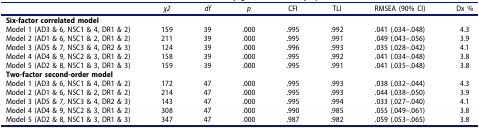
|  | χ2 | df | p | CFI | TLI | RMSEA (90% CI) | Dx % |
 | --- | --- | --- | --- | --- | --- | --- | --- |
 | Six-factor correlated model |  |  |  |  |  |  |  |
 | Model 1 (AD3 & 6, NSC1 & 4, DR1 & 2) | 159 | 39 | .000 | .995 | .992 | .041 (.034–.048) | 4.3 |
 | Model 2 (AD1 & 6, NSC1 & 2, DR1 & 2) | 211 | 39 | .000 | .995 | .991 | .049 (.043–.056) | 3.9 |
 | Model 3 (AD5 & 7, NSC3 & 4, DR2 & 3) | 124 | 39 | .000 | .996 | .993 | .035 (.028–.042) | 4.1 |
 | Model 4 (AD4 & 9, NSC2 & 3, DR1 & 2) | 158 | 39 | .000 | .995 | .992 | .041 (.034–.048) | 3.8 |
 | Model 5 (AD2 & 8, NSC1 & 3, DR1 & 3) | 159 | 39 | .000 | .995 | .991 | .041 (.035–.048) | 3.8 |
 | Two-factor second-order model |  |  |  |  |  |  |  |
 | Model 1 (AD3 & 6, NSC1 & 4, DR1 & 2) | 172 | 47 | .000 | .995 | .993 | .038 (.032–.044) | 4.3 |
 | Model 2 (AD1 & 6, NSC1 & 2, DR1 & 2) | 214 | 47 | .000 | .995 | .993 | .044 (.038–.050) | 3.9 |
 | Model 3 (AD5 & 7, NSC3 & 4, DR2 & 3) | 143 | 47 | .000 | .995 | .994 | .033 (.027–.040) | 4.1 |
 | Model 4 (AD4 & 9, NSC2 & 3, DR1 & 2) | 308 | 47 | .000 | .990 | .985 | .055 (.049–.061) | 3.8 |
 | Model 5 (AD2 & 8, NSC1 & 3, DR1 & 3) | 347 | 47 | .000 | .987 | .982 | .059 (.053–.065) | 3.8 |